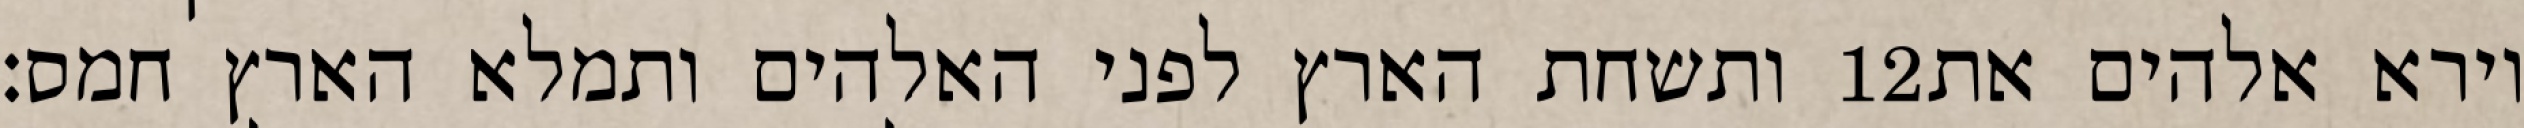
ותשחת הארץ לפני האלהים ותמלא הארץ חמס׃ ‎12‏ וירא אלהים את